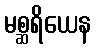
မစ္ဆရိယေန